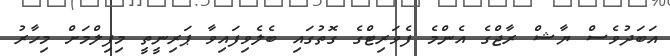
އަބަދުވެސް ޔާޝް ރާޖްގެ އެންމެ ފެވަރިޓްގެ ގޮތުގައި ބެލެވިފައިވާ ޕަރިނީތީ މިފިލްމަށް މިހާރު